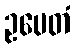
ဥပေတံ